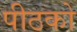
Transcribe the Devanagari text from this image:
पीठको